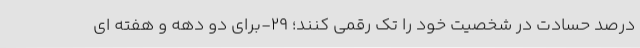
درصد حسادت در شخصیتِ خود را تَک رقمی کنند؛ 29-برای دو دهه و هفته ­ای